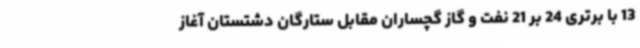
13 با برتری 24 بر 21 نفت و گاز گچساران مقابل ستارگان دشتستان آغاز